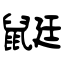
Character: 鼮